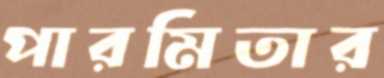
পারমিতার